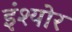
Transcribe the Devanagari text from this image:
इंश्योर